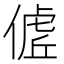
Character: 𬿖